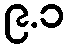
၉.၁